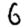
Digit: 6